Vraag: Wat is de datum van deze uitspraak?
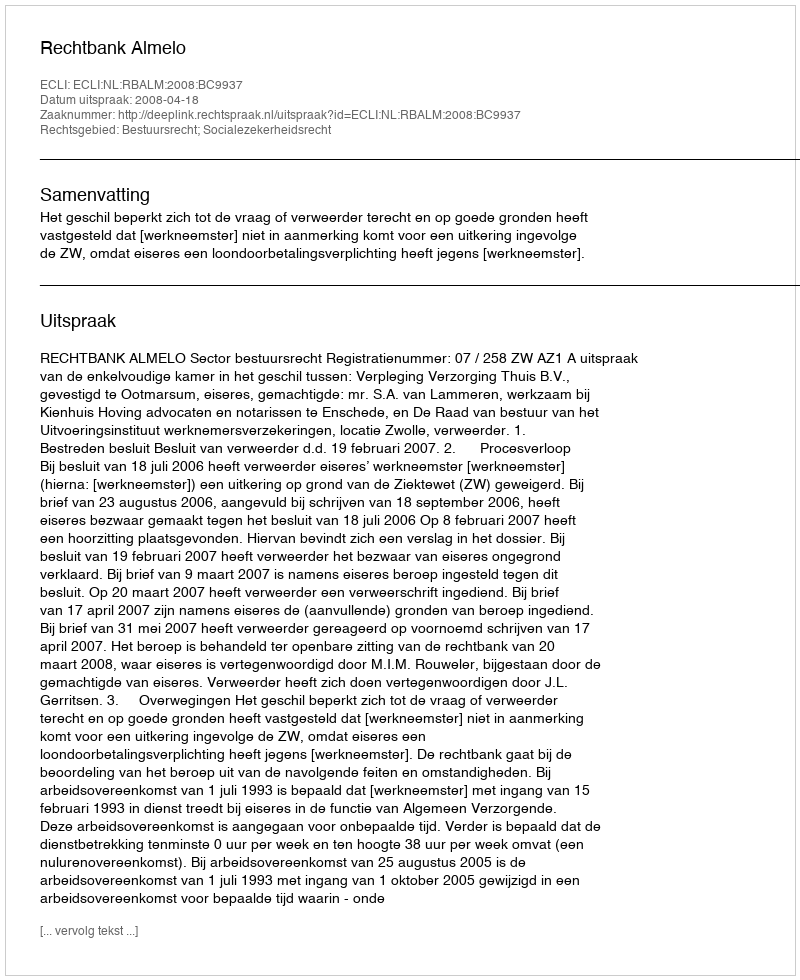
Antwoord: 2008-04-18